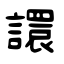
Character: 譞